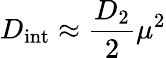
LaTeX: D_{\mathrm{int}}\approx\frac{D_{2}}{2}\mu^{2}